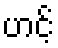
ဟင့်